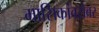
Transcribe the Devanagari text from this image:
मासिकांबरोबर